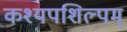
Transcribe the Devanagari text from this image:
कश्यपशिल्पम्